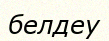
белдеу